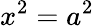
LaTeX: x^{2}=a^{2}